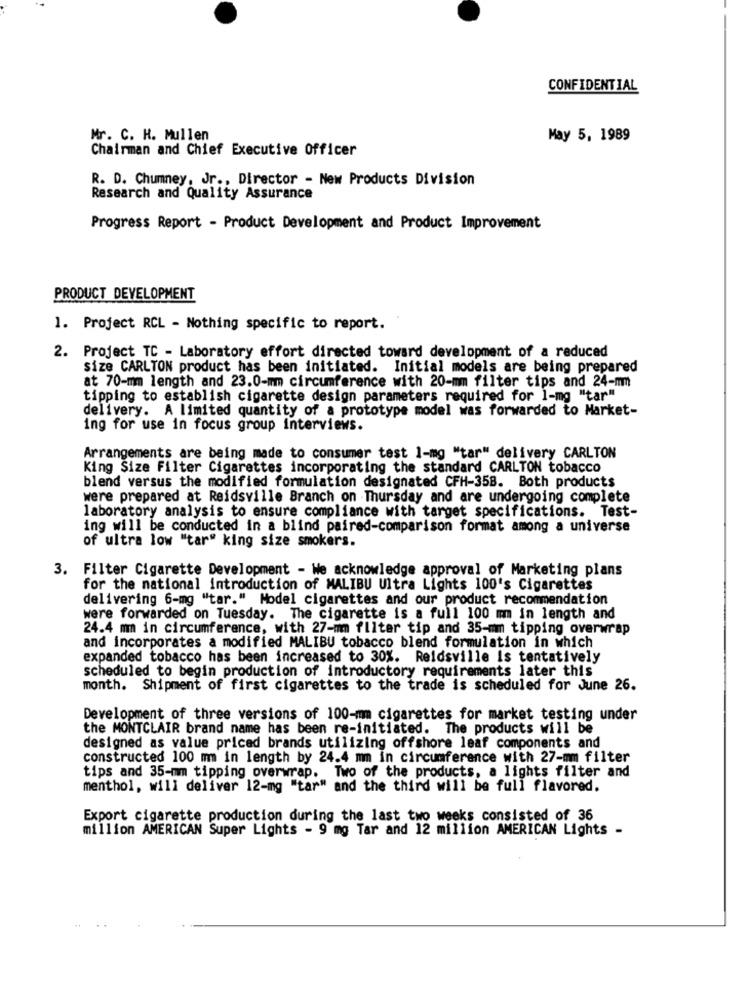
CONFIDENTIAL
Mr. C. H. Mullen
May 5, 1989
Chairman and Chief Executive Officer
R. D. Chumney, Jr ., Director - New Products Division
Research and Quality Assurance
Progress Report - Product Development and Product Improvement
PRODUCT DEVELOPMENT
1. Project RCL - Nothing specific to report.
2. Project TC - Laboratory effort directed toward development of a reduced
size CARLTON product has been initiated. Initial models are being prepared
at 70-mm length and 23.0-mm circumference with 20-mm filter tips and 24-mm
tipping to establish cigarette design parameters required for 1-mg "tar"
delivery. A limited quantity of a prototype model was forwarded to Market-
ing for use in focus group interviews.
Arrangements are being made to consumer test 1-mg "tar" delivery CARLTON
King Size Filter Cigarettes incorporating the standard CARLTON tobacco
blend versus the modified formulation designated CFH-358. Both products
were prepared at Reidsville Branch on Thursday and are undergoing complete
laboratory analysis to ensure compliance with target specifications. Test-
ing will be conducted in a blind paired-comparison format among a universe
of ultra low "tar" king size smokers.
3. Filter Cigarette Development - We acknowledge approval of Marketing plans
for the national introduction of MALIBU Ultra Lights 100's Cigarettes
delivering 6-mg "tar." Model cigarettes and our product recommendation
were forwarded on Tuesday. The cigarette is a full 100 m in length and
24.4 mm in circumference, with 27-mm filter tip and 35-mm tipping overwrap
and incorporates a modified MALIBU tobacco blend formulation in which
expanded tobacco has been increased to 30%. Reidsville Is tentatively
scheduled to begin production of introductory requirements later this
month. Shipment of first cigarettes to the trade is scheduled for June 26.
Development of three versions of 100-mm cigarettes for market testing under
the MONTCLAIR brand name has been re-initiated. The products will be
designed as value priced brands utilizing offshore leaf components and
constructed 100 mm in length by 24.4 mm in circumference with 27-mm filter
tips and 35-mm tipping overwrap. Two of the products, a lights filter and
menthol, will deliver 12-mg "tar" and the third will be full flavored.
Export cigarette production during the last two weeks consisted of 36
million AMERICAN Super Lights - 9 mg Tar and 12 million AMERICAN Lights -